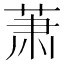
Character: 萧